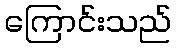
ကြောင်းသည်